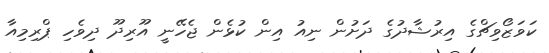
ކަވަޒޯވިޗްގެ އިރުޝާދުގެ ދަށުން ނިއު އިން ކުޅެން ޖެހޭނީ އޫރިދޫ ދިވެހި ޕްރިމިއާ